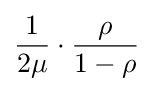
{\frac {1}{2\mu }}\cdot {\frac {\rho }{1-\rho }}